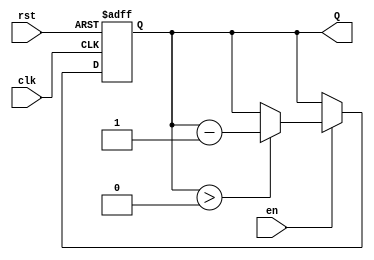
module binary_down_counter #(
    parameter N = 4 // Number of bits for the counter
)(
    input wire clk,     // Clock signal
    input wire rst,     // Reset signal (active-high)
    input wire en,      // Enable signal (active-high)
    output reg [N-1:0] Q // Output count value
);

    // Maximum count value (2^N - 1)
    localparam MAX_COUNT = (1 << N) - 1;

    // Always block for synchronous reset and counting
    always @(posedge clk or posedge rst) begin
        if (rst) begin
            // Reset the counter to maximum count value
            Q <= MAX_COUNT;
        end else if (en) begin
            // Decrement the counter if enabled
            if (Q > 0) begin
                Q <= Q - 1;
            end
            // If Q is already 0, it stays at 0
        end
    end

endmodule